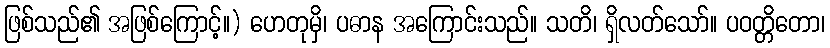
ဖြစ်သည်၏ အဖြစ်ကြောင့်။) ဟေတုမှိ၊ ပဓာန အကြောင်းသည်။ သတိ၊ ရှိလတ်သော်။ ပဝတ္တိတော၊